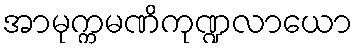
အာမုက္ကမဏိကုဏ္ဍလာယော